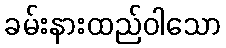
ခမ်းနားထည်ဝါသော